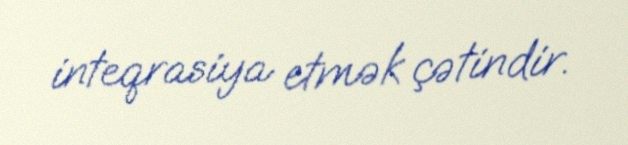
inteqrasiya etmək çətindir.